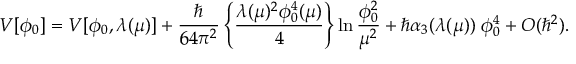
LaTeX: { \cal V } [ \phi _ { 0 } ] = V [ \phi _ { 0 } , \lambda ( \mu ) ] + { \frac { \hbar } { 6 4 \pi ^ { 2 } } } \left\{ { \frac { \lambda ( \mu ) ^ { 2 } \phi _ { 0 } ^ { 4 } ( \mu ) } { 4 } } \right\} \ln { \frac { \phi _ { 0 } ^ { 2 } } { \mu ^ { 2 } } } + \hbar \alpha _ { 3 } ( \lambda ( \mu ) ) \; \phi _ { 0 } ^ { 4 } + O ( \hbar ^ { 2 } ) .